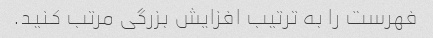
فهرست را به ترتیب افزایش بزرگی مرتب کنید.